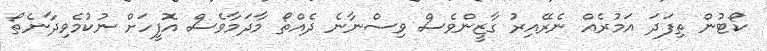
ކޯޓުން ތިފަދަ އަމުރެއް ނެރޭއިރު ގާޒީންވެސް ވިސްނާނެ ދެއްތޯ މާދަމާވެސް އޮފީހަށް ނުކުމެވިދާނެތޯ